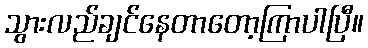
သွားလည်ချင်နေတာတော့ကြာပါပြီ။